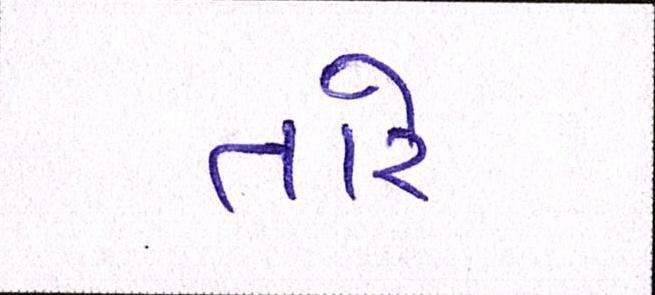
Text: તારે